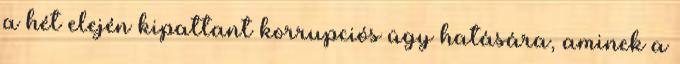
a hét elején kipattant korrupciós ügy hatására, aminek a